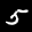
Digit: 5